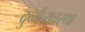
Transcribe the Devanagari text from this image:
दुर्व्यव्यवस्था